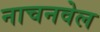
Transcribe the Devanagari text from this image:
नाचनवेल